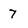
Character: 7